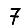
Digit: 7